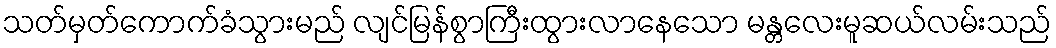
သတ်မှတ်ကောက်ခံသွားမည် လျင်မြန်စွာကြီးထွားလာနေသော မန္တလေးမူဆယ်လမ်းသည်